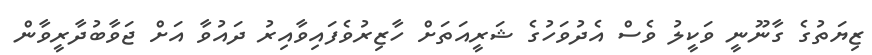
ޒިޔަތުގެ ގާނޫނީ ވަކީލު ވެސް އެދުވަހުގެ ޝަރީއަތަށް ހާޒިރުވެފައިވާއިރު ދައުވާ އަށް ޖަވާބުދާރީވާން